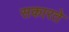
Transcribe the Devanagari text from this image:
सकारते